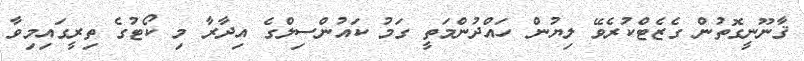
ޤާނޫނީގޮތުން ގެޒެޓްކުރެވޭ ލިޔުން ހައްދުންމަތީ ގަމު ކައުންސިލްގެ އިދާރާ މި ކޯޓުގެ ތިރީގައިމިވާ